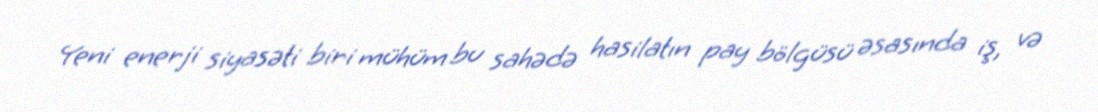
Yeni enerji siyasəti biri mühüm bu sahədə hasilatın pay bölgüsü əsasında iş, və